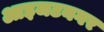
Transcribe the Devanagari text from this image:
आइजटनगर